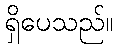
ရှိပေသည်။